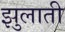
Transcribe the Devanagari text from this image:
झुलाती